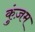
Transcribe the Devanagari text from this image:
कुंज़म